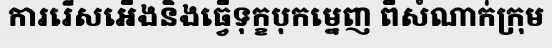
ការរើសអើងនិងធ្វើទុក្ខបុកម្នេញ ពីសំណាក់ក្រុម